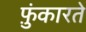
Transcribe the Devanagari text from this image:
फ़ुंकारते